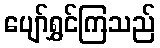
ပျော်ရွှင်ကြသည်